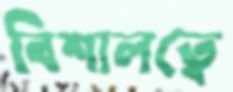
বিশালত্বে